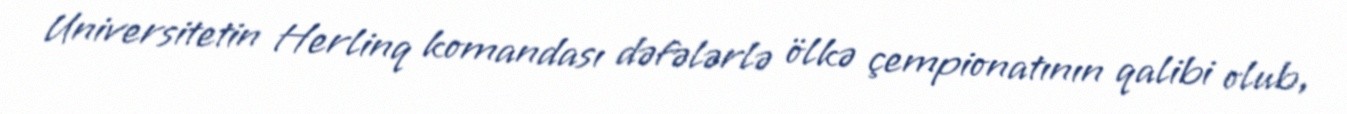
Universitetin Herlinq komandası dəfələrlə ölkə çempionatının qalibi olub,